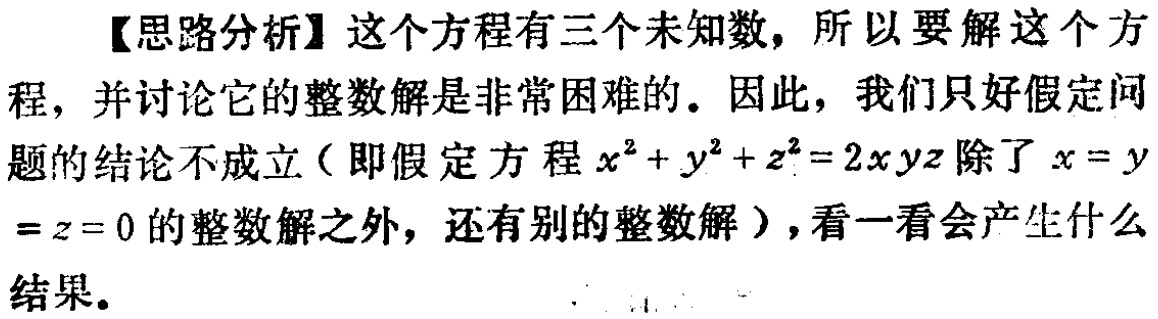
【思路分析】这个方程有三个未知数，所以要解这个方程，并讨论它的整数解是非常困难的。因此，我们只好假定问题的结论不成立（即假定方程\(x^{2}+y^{2}+z^{2}=2xyz\)除了\(x = y = z = 0\)的整数解之外，还有别的整数解），看一看会产生什么结果。